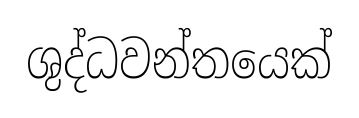
ශුද්ධවන්තයෙක්